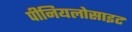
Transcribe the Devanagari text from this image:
पीनियलोसाइट